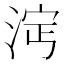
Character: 𣵈